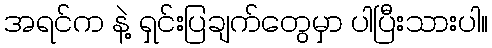
အရင်က နဲ့ ရှင်းပြချက်တွေမှာ ပါပြီးသားပါ။